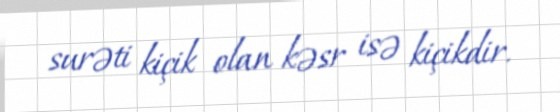
surəti kiçik olan kəsr isə kiçikdir.